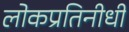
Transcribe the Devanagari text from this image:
लोकप्रतिनीधी